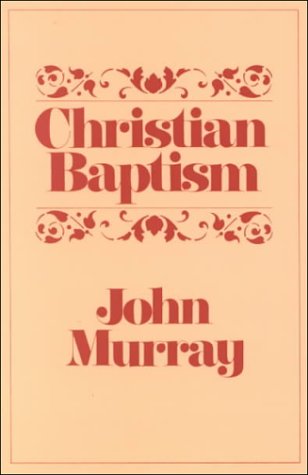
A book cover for Christian Baptism; John Murray; Christian Books & Bibles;